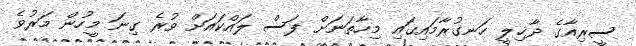
ސީރިއާގެ ދާޚިލީ ހަނގުރާމައިގައި މިހާތަނަށް ފަސް ލައްކައަށް ވުރެ ގިނަ މީހުން މަރުވެ